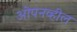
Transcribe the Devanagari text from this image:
ओपनव्हील